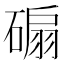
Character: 𥔱